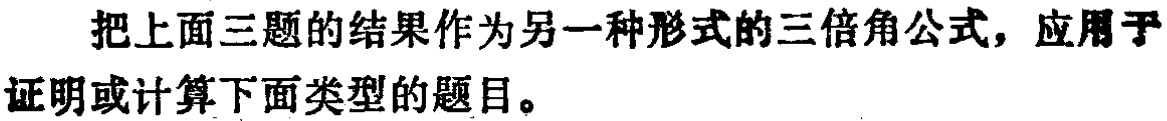
把上面三题的结果作为另一种形式的三倍角公式，应用于证明或计算下面类型的题目。